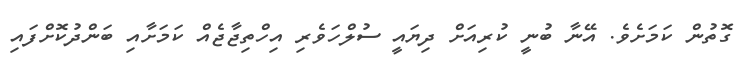
ގޮތުން ކަމަށެެވެ. އޭނާ ބުނީ ކުރިއަށް ދިޔައީ ސުލްހަވެރި އިހްތިޖާޖެއް ކަމަށާއި ބަންދުކޮށްފައި